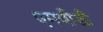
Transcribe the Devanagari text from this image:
एमवीडी